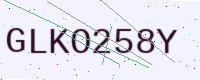
Text: GLKO258Y